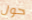
حول